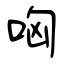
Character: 哅